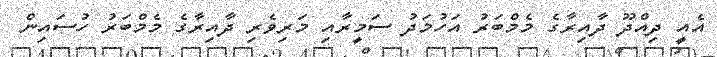
އެއީ ދިއްދޫ ދާއިރާގެ މެމްބަރު އަހުމަދު ސަމީރާއި މަރިވެރި ދާއިރާގެ މެމްބަރު ހުސައިން